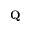
\mathbf { Q }